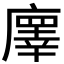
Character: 𢋇